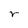
Character: r